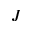
{ \cal J }